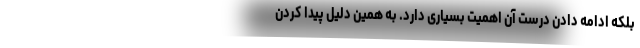
بلکه ادامه دادن درست آن اهمیت بسیاری دارد. به همین دلیل پیدا کردن